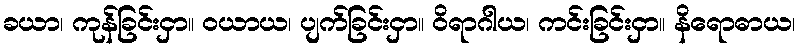
ခယာ၊ ကုန်ခြင်းငှာ။ ဝယာယ၊ ပျက်ခြင်းငှာ။ ဝိရာဂါယ၊ ကင်းခြင်းငှာ။ နိရောဓာယ၊